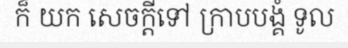
ក៏ យក សេចក្តីទៅ ក្រាបបង្គំ ទូល